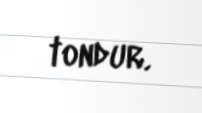
tondur.